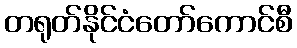
တရုတ်နိုင်ငံတော်ကောင်စီ